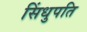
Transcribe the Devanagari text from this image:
सिंधुपति